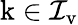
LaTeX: \mathrm{k}\in\mathcal I_{\mathrm v}